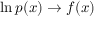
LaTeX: \ln { p ( x ) } \rightarrow f ( x )